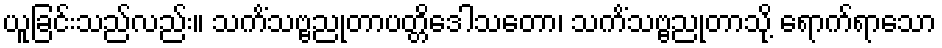
ယူခြင်းသည်လည်း။ သကိံသဗ္ဗညုတာပတ္တိဒေါသတော၊ သကိံသဗ္ဗညုတာသို့ ရောက်ရာသော